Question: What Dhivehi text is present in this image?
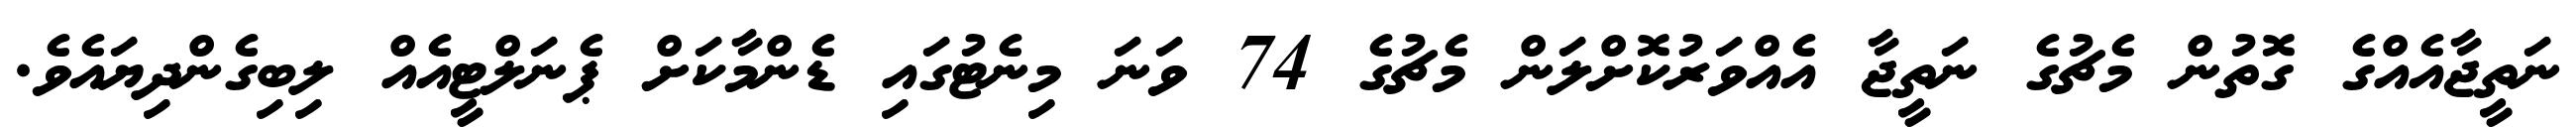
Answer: ނަތީޖާއެއްގެ ގޮތުން މެޗުގެ ނަތީޖާ އެއްވަރުކޮށްލަން މެޗުގެ 74 ވަނަ މިނެޓުގައި ޑެންމާކަށް ޕެނަލްޓީއެއް ލިބިގެންދިޔައެވެ.